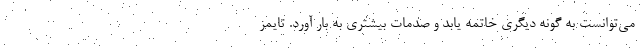
می‌توانست به گونه دیگری خاتمه یابد و صدمات بیشتری به بار آورد. تایمز